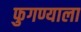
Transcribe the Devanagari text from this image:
फुगण्याला